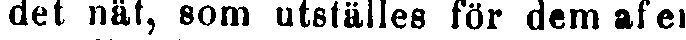
det nät, som utställes för dem af en